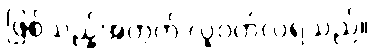
ဖြစ်သည့်အတွက် လူဝတ်လဲရသည်။